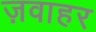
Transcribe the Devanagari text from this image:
ज़वाहर